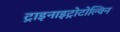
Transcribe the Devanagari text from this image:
ट्राइनाइट्रोटोल्विन